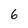
Character: 6